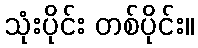
သုံးပိုင်း တစ်ပိုင်း။